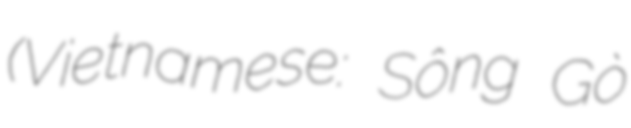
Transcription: (Vietnamese: Sông Gò